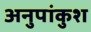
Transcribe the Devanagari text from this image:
अनुपांकुश